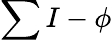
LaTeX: \sum I-\phi